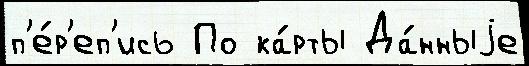
п'е́р'еп'ись По ка́рты Да́нныjе